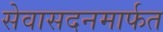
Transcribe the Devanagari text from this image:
सेवासदनमार्फत